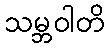
သမ္ဘဝါတိ